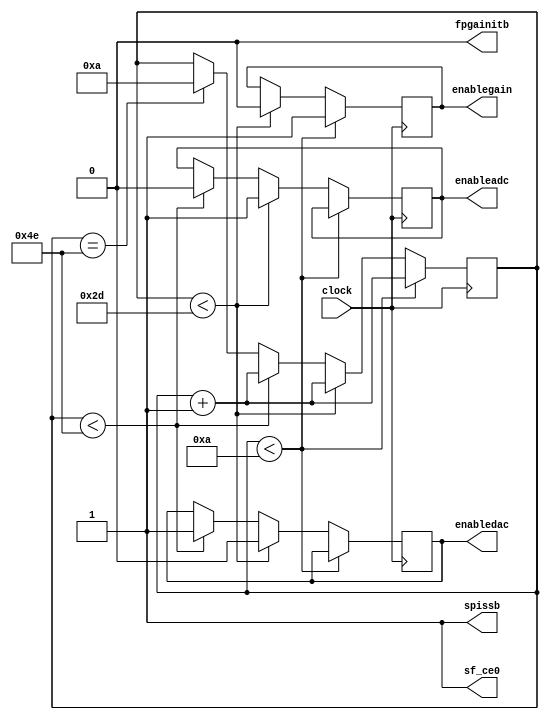
module controlador(
	input clock,
	
	output reg enablegain,
	output reg enableadc,
	output reg enabledac,
	
	//Para el funcionamiento correcto del ADC y DAC
	//Hay que deshabilitar algunos modulos del SPI
	output reg spissb,
	output reg sf_ce0,
	output reg fpgainitb
);

reg [6:0]contador;
initial begin
	contador<=0;
	enablegain<=0;
	enableadc<=0;
	enabledac<=0;
	
	spissb<=1;
	sf_ce0<=1;
	fpgainitb<=0;
end
//10 bloques para gain
//35 para adc
//34 para dac
//Contador desde el 1 al "79"
//79=10 para el contador pues nunca se vuelve a "0" (gain solo una vez)
//Se vuelve a ADC

always@(negedge clock) begin
	if(contador<10) begin
		contador<=contador+1;
		enablegain<=1;
	end
	else if(contador<45) begin
		contador<=contador+1;
		enablegain<=0;
		enableadc<=1;
		enabledac<=0;
	end
	else if(contador<78) begin
		contador<=contador+1;
		enableadc<=0;
		enabledac<=1;
	end
	else if(contador==78) contador<=10;
	//No es elegante poner un elif aca
	//Con un else las simulaciones resultaban erroneas
end

endmodule